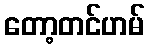
တော့တင်ဟမ်